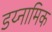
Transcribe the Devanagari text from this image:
डय्नामिक